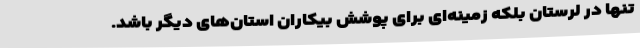
تنها در لرستان بلکه زمینه‌ای برای پوشش بیکاران استان‌های دیگر باشد.